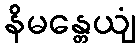
နိမန္တေယျံ